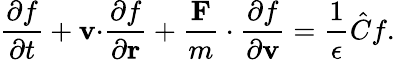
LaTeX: {\frac{\partial f}{\partial t}}+\mathbf{v\cdot}{\frac{\partial f}{\partial\mathbf{r}}}+{\frac{\mathbf{F}}{m}}\cdot{\frac{\partial f}{\partial\mathbf{v}}}={\frac{1}{\epsilon}}{\hat{C}}f.